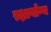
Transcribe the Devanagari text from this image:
रक्षायोग्य